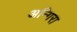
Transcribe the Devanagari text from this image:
अन्गिरा